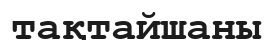
тақтайшаны